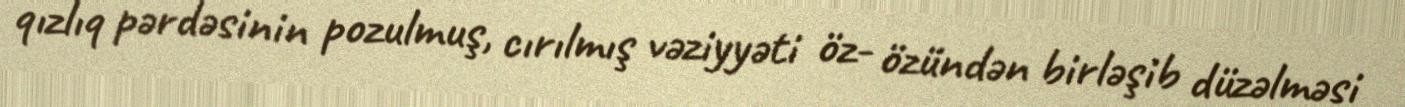
qızlıq pərdəsinin pozulmuş, cırılmış vəziyyəti öz- özündən birləşib düzəlməsi